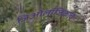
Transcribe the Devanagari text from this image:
जिओलॉजिकल